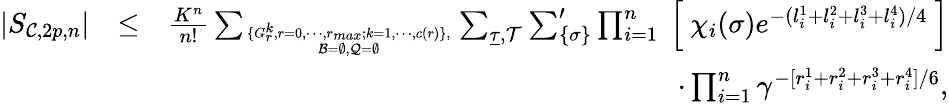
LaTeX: \begin{array}{rlr}{|S_{{\cal C},2p,n}|}&{\le}&{{\frac{K^{n}}{n!}}\sum_{\{ G_{r}^{k},{r=0},\cdots,r_{max};{k=1},\cdots,c(r)\} ,\atop{{\cal B}=\emptyset,{\cal Q}=\emptyset}}\sum_{\underline{\tau},{\cal T}}\sum_{\{ {\sigma}\} }^{\prime}\prod_{i=1}^{n}\ \Big[\ \chi_{i}({\sigma})e^{-(l_{i}^{1}+l_{i}^{2}+l_{i}^{3}+l_{i}^{4})/4}\ \Big]}\\ &{}&{\quad\cdot\prod_{i=1}^{n}\gamma^{-[r_{i}^{1}+r_{i}^{2}+r_{i}^{3}+r_{i}^{4}]/6},}\end{array}